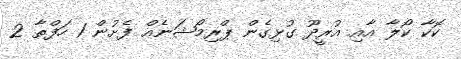
ކޮކާ ކޯލާ އާއި އުރީދޫ ގުޅިގެން ޕްރިމޯޝަނެއް ފެށުން 1 ހަފްތާ 2